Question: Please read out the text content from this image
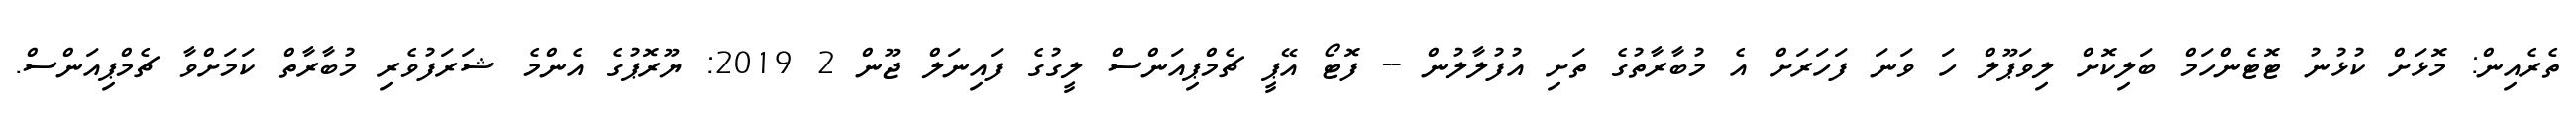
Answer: ތެރެއިން: މޮޅަށް ކުޅުނު ޓޮޓެންހަމް ބަލިކޮށް ލިވަޕޫލް ހަ ވަނަ ފަހަރަށް އެ މުބާރާތުގެ ތަށި އުފުލާލުން -- ފޮޓޯ އޭޕީ ޗެމްޕިއަންސް ލީގުގެ ފައިނަލް ޖޫން 2 2019: ޔޫރޮޕުގެ އެންމެ ޝަރަފުވެރި މުބާރާތް ކަމަށްވާ ޗެމްޕިއަންސް.